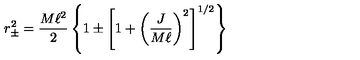
r _ { \pm } ^ { 2 } = { \frac { M \ell ^ { 2 } } { 2 } } \left\{ 1 \pm \left[ 1 + \left( { \frac { J } { M \ell } } \right) ^ { 2 } \right] ^ { 1 / 2 } \right\}